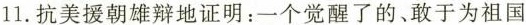
11.抗美援朝雄辩地证明：一个觉醒了的、敢于为祖国